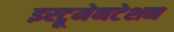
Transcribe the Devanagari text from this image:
इस्ट्रूमेनटेशन